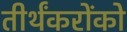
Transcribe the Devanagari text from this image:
तीर्थंकरोंको